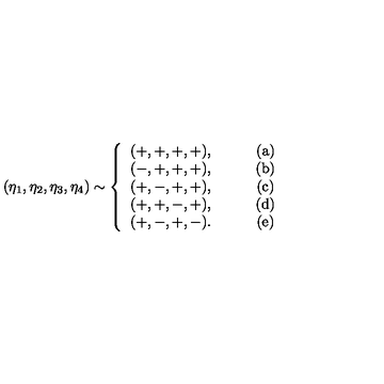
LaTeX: ( \eta _ { 1 } , \eta _ { 2 } , \eta _ { 3 } , \eta _ { 4 } ) \sim \left\{ \begin{array} { c c } { ( + , + , + , + ) , } & { \qquad ( \mathrm { a } ) } \\ { ( - , + , + , + ) , } & { \qquad ( \mathrm { b } ) } \\ { ( + , - , + , + ) , } & { \qquad ( \mathrm { c } ) } \\ { ( + , + , - , + ) , } & { \qquad ( \mathrm { d } ) } \\ { ( + , - , + , - ) . } & { \qquad ( \mathrm { e } ) } \\ \end{array} \right.